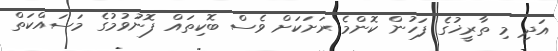
އަދި މި ތާރީޚުގެ ފަހުން ކޮންމެ ރަށަކަށް ވެސް ބޮކިތައް ފޮނުވުމުގެ މަސައްކަތް